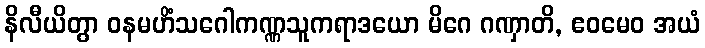
နိလီယိတွာ ဝနမဟိံသဂေါကဏ္ဏသူကရာဒယော မိဂေ ဂဏှာတိ, ဧဝမေဝ အယံ